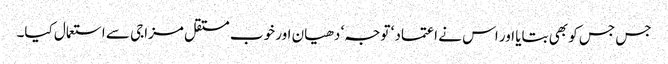
جس جس کو بھی بتایا اور اس نے اعتماد ‘ توجہ‘ دھیان اور خوب مستقل مزاجی سے استعمال کیا۔